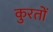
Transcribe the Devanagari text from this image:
कुरतों